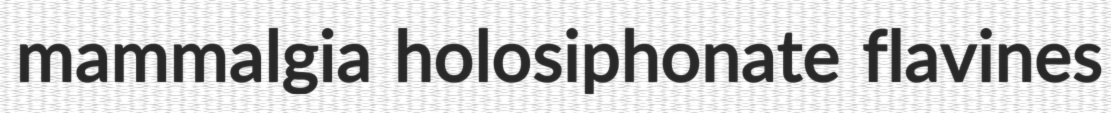
mammalgia holosiphonate flavines